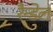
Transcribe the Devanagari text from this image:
रैन्डेल